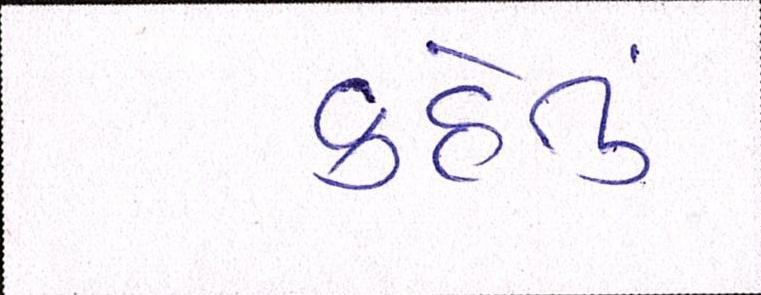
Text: કહેતું